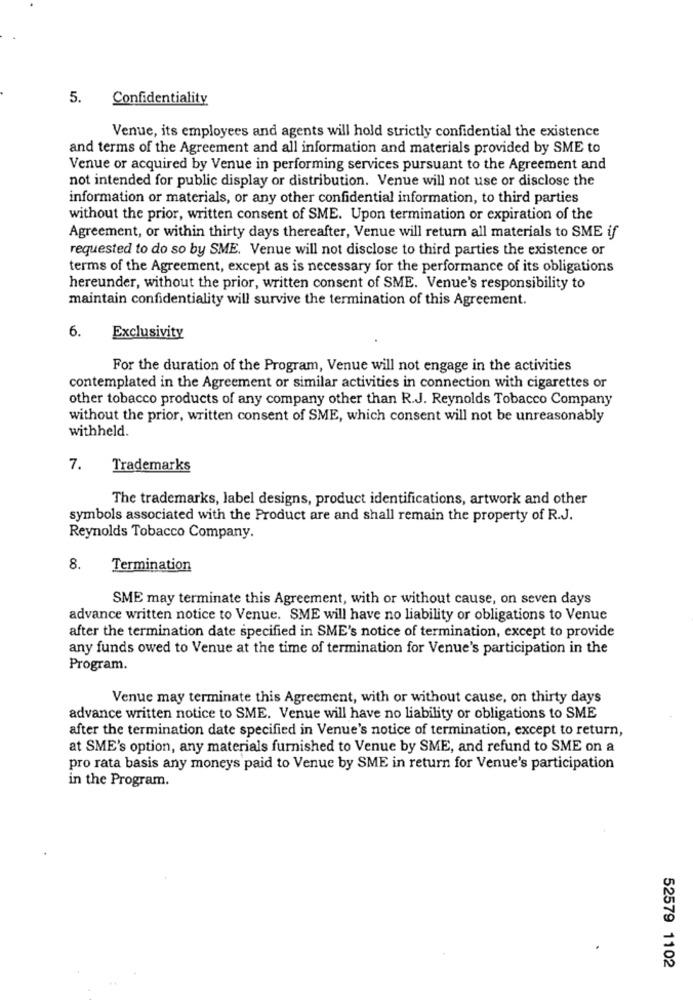
5.
Confidentiality
Venue, its employees and agents will hold strictly confidential the existence
and terms of the Agreement and all information and materials provided by SME to
Venue or acquired by Venue in performing services pursuant to the Agreement and
not intended for public display or distribution. Venue will not use or disclose the
information or materials, or any other confidential information, to third parties
without the prior, written consent of SME. Upon termination or expiration of the
Agreement, or within thirty days thereafter, Venue will return all materials to SME if
requested to do so by SME. Venue will not disclose to third parties the existence or
terms of the Agreement, except as is necessary for the performance of its obligations
hereunder, without the prior, written consent of SME. Venue's responsibility to
maintain confidentiality will survive the termination of this Agreement.
6.
Exclusivity
For the duration of the Program, Venue will not engage in the activities
contemplated in the Agreement or similar activities in connection with cigarettes or
other tobacco products of any company other than R.J. Reynolds Tobacco Company
without the prior, written consent of SME, which consent will not be unreasonably
withheld.
7.
Trademarks
The trademarks, label designs, product identifications, artwork and other
symbols associated with the Product are and shall remain the property of R.J.
Reynolds Tobacco Company.
8.
Termination
SME may terminate this Agreement, with or without cause, on seven days
advance written notice to Venue. SME will have no liability or obligations to Venue
after the termination date specified in SME's notice of termination, except to provide
any funds owed to Venue at the time of termination for Venue's participation in the
Program.
Venue may terminate this Agreement, with or without cause, on thirty days
advance written notice to SME. Venue will have no liability or obligations to SME
after the termination date specified in Venue's notice of termination, except to return,
at SME's option, any materials furnished to Venue by SME, and refund to SME on a
pro rata basis any moneys paid to Venue by SME in return for Venue's participation
in the Program.
52579 1102